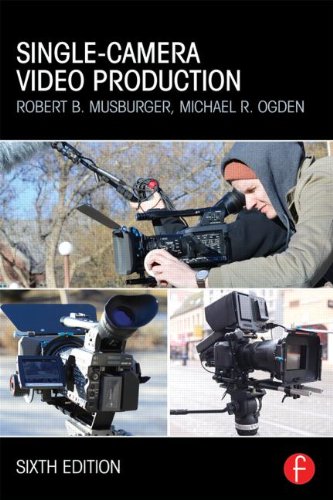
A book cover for Single-Camera Video Production; Robert B. Musburger  PhD; Arts & Photography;